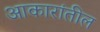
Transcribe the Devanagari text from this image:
आकारांतील